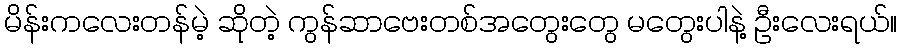
မိန်းကလေးတန်မဲ့ ဆိုတဲ့ ကွန်ဆာဗေးတစ်အတွေးတွေ မတွေးပါနဲ့ ဦးလေးရယ်။